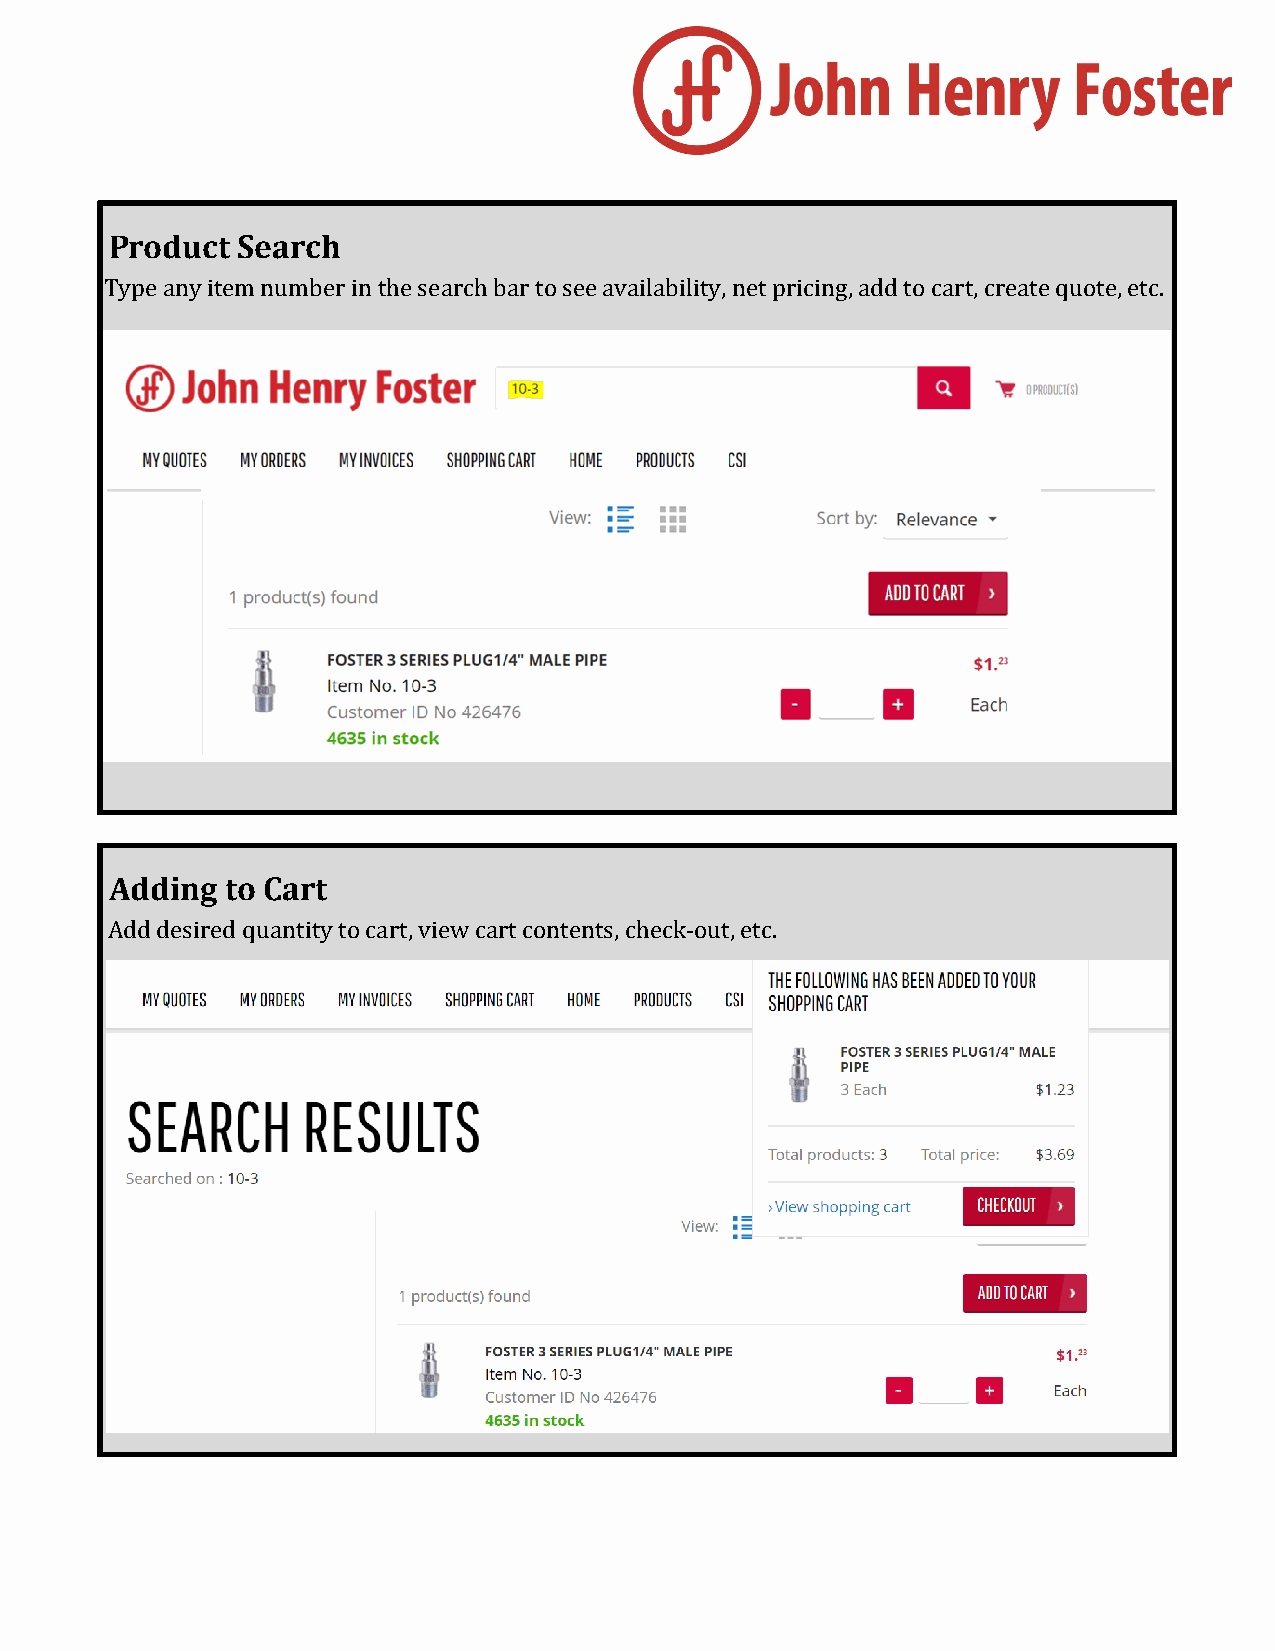
Product  Search
 Type any item number in the search bar to see availability, net pricing, add to cart, create quote, etc.
 Adding  to Cart
 Add desired quantity to cart, view cart contents, check-out, etc.